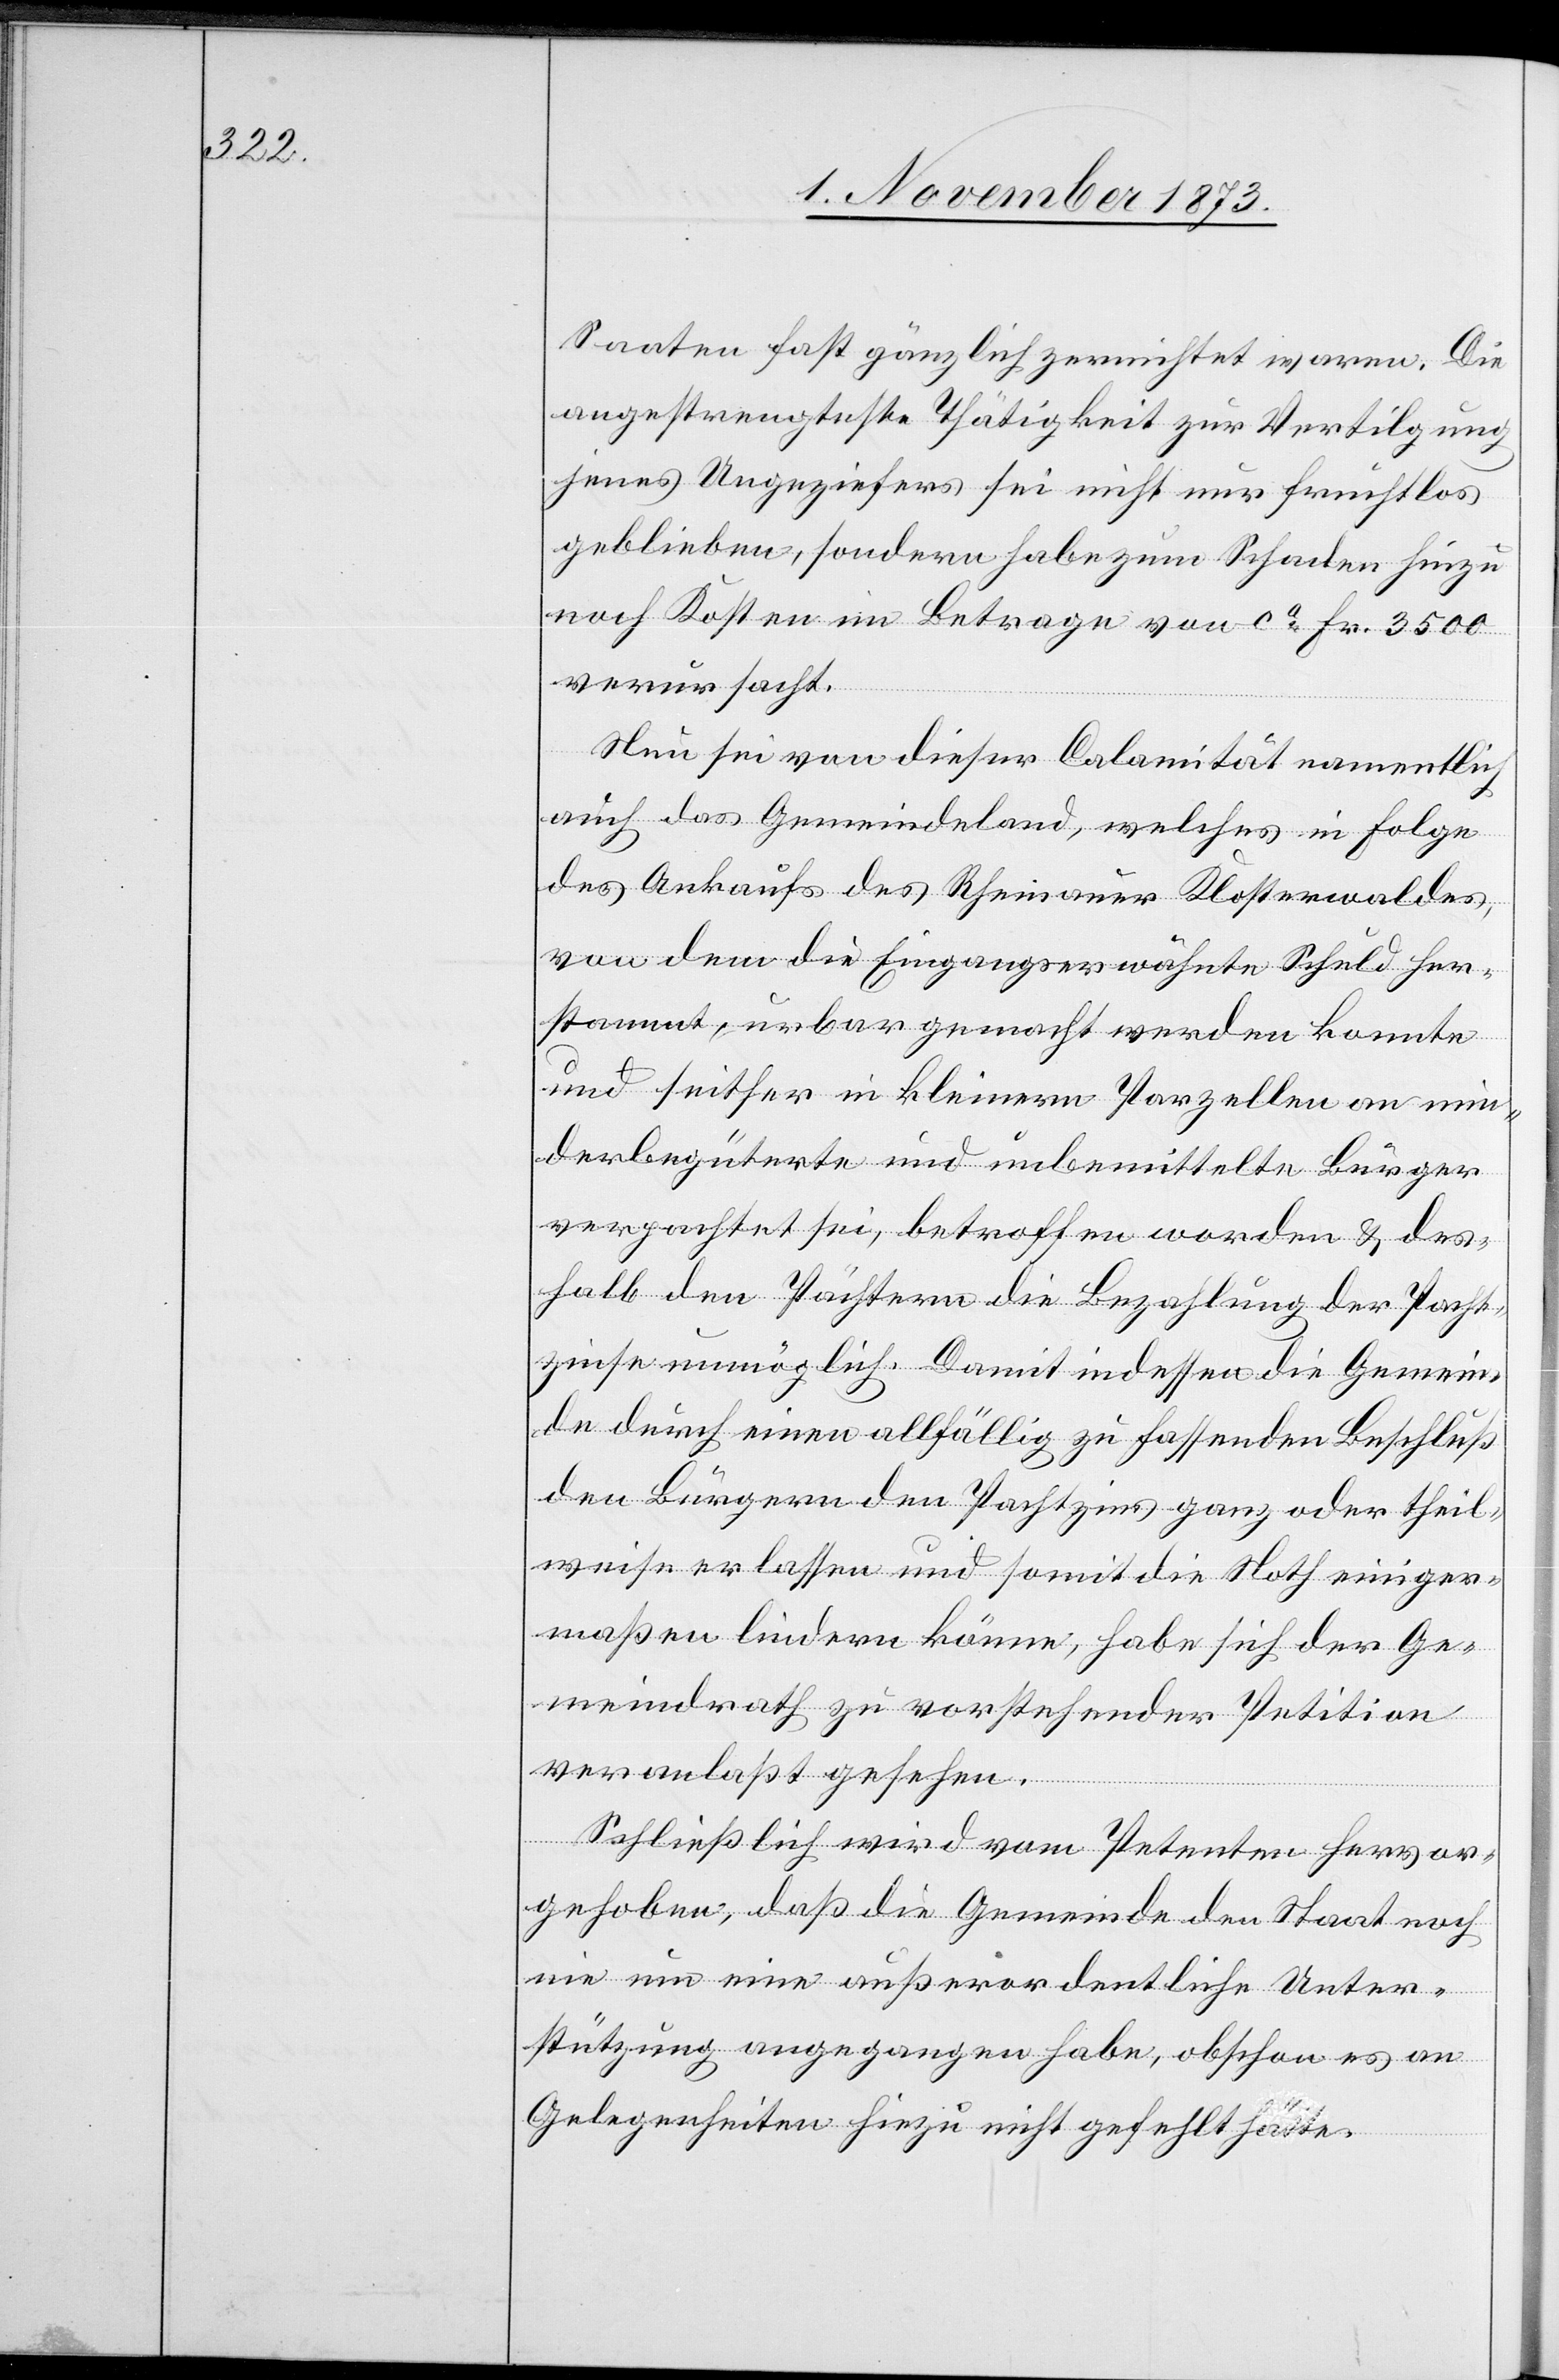
Saaten fast gänzlich zernichtet waren. Die
angestrengteste Thätigkeit zur Vertilgung
jenes Ungeziefers sei nicht nur fruchtlos
geblieben, sondern habe zum Schaden hinzu
noch Kosten im Betrage von ca Fr. 3 500
verursacht.
Nun sei von dieser Calamität namentlich
auch das Gemeindeland, welches in Folge
des Ankaufs des Rheinauer Klosterwaldes,
von dem die Eingangserwähnte Schuld her¬
stammt, urbar gemacht werden konnte
und seither in kleinern Parzellen an min¬
derbegüterte und unbemittelte Bürger
verpachtet sei, betroffen worden & des¬
halb den Pächtern die Bezahlung der Pacht¬
zinse unmöglich. Damit indessen die Gemein¬
de durch einen allfällig zu fassenden Beschluß
den Bürgern den Pachtzins ganz oder theil¬
weise erlassen und somit die Noth einiger¬
maßen lindern könne, habe sich der Ge¬
meindrath zu vorstehender Petition
veranlaßt gesehen.
Schließlich wird vom Petenten hervor¬
gehoben, daß die Gemeinde den Staat noch
nie um eine außerordentliche Unter¬
stützung angegangen habe, obschon es an
Gelegenheiten hiezu nicht gefehlt hätte.